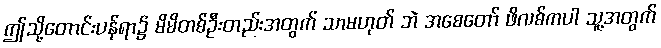
ဤသို့တောင်းပန်ရာ၌ မိမိတစ်ဦးတည်းအတွက် သာမဟုတ် ဘဲ အစေတော် ဖိလစ်ကပါ သူ့အတွက်